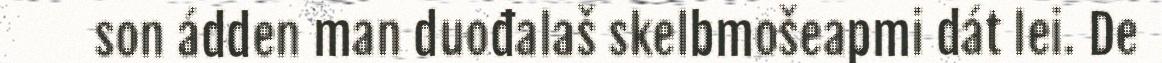
son ádden man duođalaš skelbmošeapmi dát lei. De